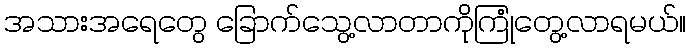
အသားအရေတွေ ခြောက်သွေ့လာတာကိုကြုံတွေ့လာရမယ်။